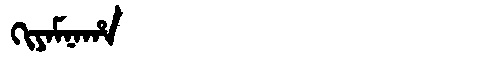
Manchu: ᡴᡳᠶᠠᠮᠨᠠᡥᠠ
Romanization: KIYAMNAHA